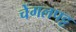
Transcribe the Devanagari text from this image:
चेंगलपट्ट